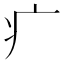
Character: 疒